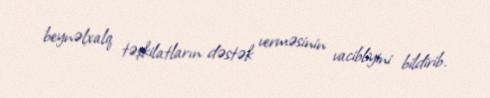
beynəlxalq təşkilatların dəstək verməsinin vacibliyini bildirib.